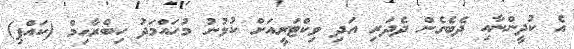
އެ ކުދީންނާއި ދެބެގެން ދެދަރި އަދި ވިކްޓަރީއަށް ކުޅުނު މުހައްމަދު ހިބްރާހިމް (ކައްޕި)